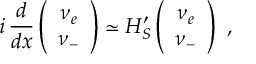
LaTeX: i \, \frac { d } { d x } \left( \begin{array} { c } { { \nu _ { e } } } \\ { { \nu _ { - } } } \end{array} \right) \simeq \cal { H } _ { S } ^ { \prime } \left( \begin{array} { c } { { \nu _ { e } } } \\ { { \nu _ { - } } } \end{array} \right) \ ,